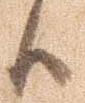
候